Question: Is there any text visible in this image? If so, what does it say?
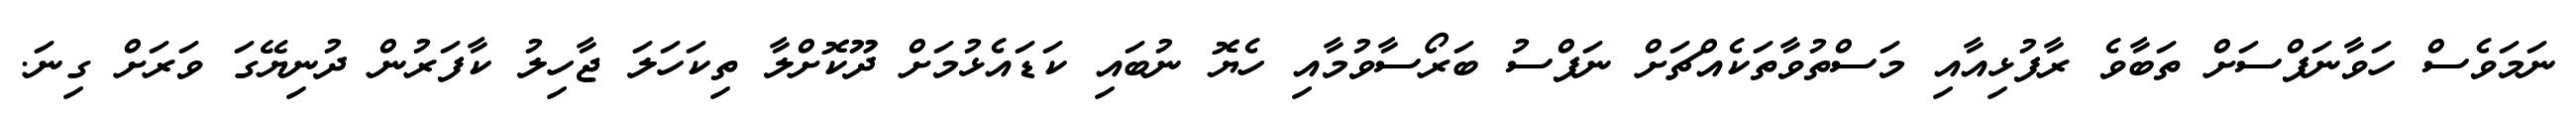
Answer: ނަމަވެސް ހަވާނަފްސަށް ތަބާވެ ރާފުޅިއާއި މަސްތުވާތަކެއްޗަށް ނަފްސު ބަރޯސާވުމާއި ހެޔޮ ނުބައި ކަޑައެޅުމަށް ދޫކޮށްލާ ތިކަހަލަ ޖާހިލު ކާފަރުން ދުނިޔޭގަ ވަރަށް ގިނަ.